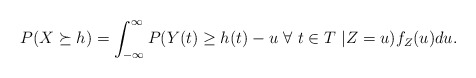
\begin{align*}P(X \succeq h) = \int_{-\infty}^{\infty} P(Y(t) \ge h(t)- u~\forall~t \in T~| Z=u) f_Z(u)du.\end{align*}